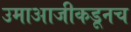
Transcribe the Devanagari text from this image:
उमाआजीकडूनच